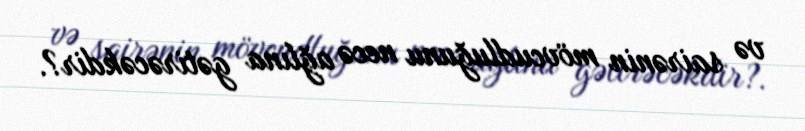
və sairənin mövcudluğunu necə ağlına gətirəcəkdir?.